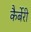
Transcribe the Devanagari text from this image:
कैर्बेरी